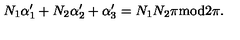
N _ { 1 } \alpha _ { 1 } ^ { \prime } + N _ { 2 } \alpha _ { 2 } ^ { \prime } + \alpha _ { 3 } ^ { \prime } = N _ { 1 } N _ { 2 } \pi \mathrm { m o d } 2 \pi .